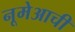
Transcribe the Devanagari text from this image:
नूमेआची